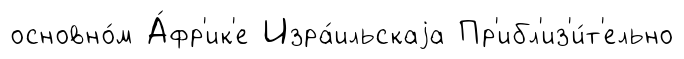
основно́м А́фр'ик'е Изра́ильскаjа Пр'ибл'из'и́т'ельно